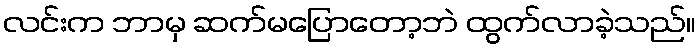
လင်းက ဘာမှ ဆက်မပြောတော့ဘဲ ထွက်လာခဲ့သည်။